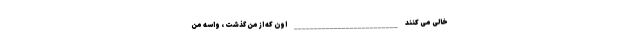
خالی می کنند __________________________ اون که از من گذشت ، واسه من